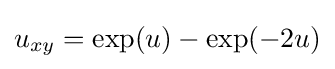
u_{xy}=\exp(u)-\exp(-2u)